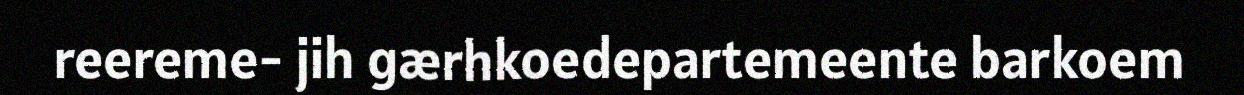
reereme- jih gærhkoedepartemeente barkoem